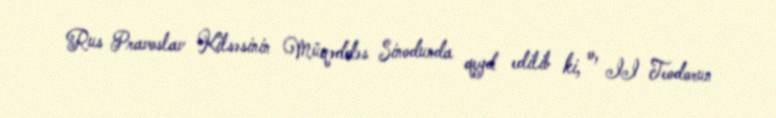
Rus Pravoslav Kilsəsinin Müqəddəs Sinodunda qeyd edilib ki, o, II Teodorun